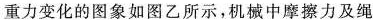
重力变化的图象如图乙所示，机械中摩擦力及绳